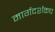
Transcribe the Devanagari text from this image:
मार्गदर्शकच